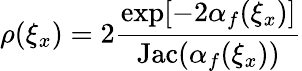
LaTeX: \rho(\xi_{x})=2\frac{\exp[-2\alpha_{f}(\xi_{x})]}{\mathrm{Jac}(\alpha_{f}(\xi_{x}))}